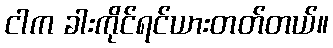
ငါက ခါးကိုင်ရင်ယားတတ်တယ်။